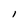
Character: I